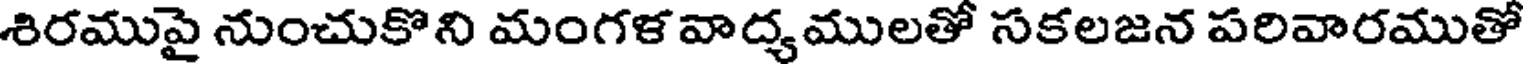
శిరముపై నుంచుకొని మంగళ వాద్యములతో సకలజన పరివారముతో